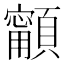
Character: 𩕋